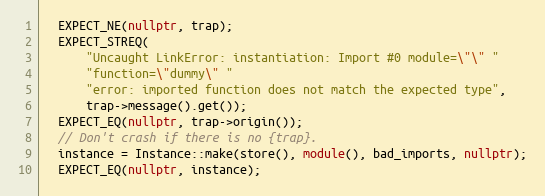
Language: C++
  EXPECT_NE(nullptr, trap);
  EXPECT_STREQ(
      "Uncaught LinkError: instantiation: Import #0 module=\"\" "
      "function=\"dummy\" "
      "error: imported function does not match the expected type",
      trap->message().get());
  EXPECT_EQ(nullptr, trap->origin());
  // Don't crash if there is no {trap}.
  instance = Instance::make(store(), module(), bad_imports, nullptr);
  EXPECT_EQ(nullptr, instance);